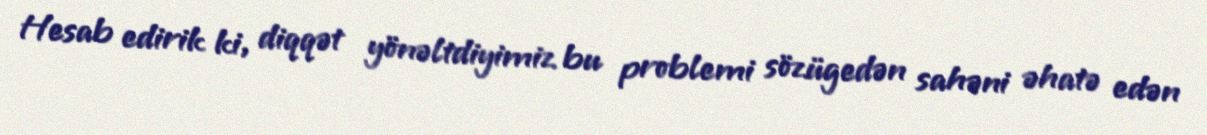
Hesab edirik ki, diqqət yönəltdiyimiz bu problemi sözügedən sahəni əhatə edən